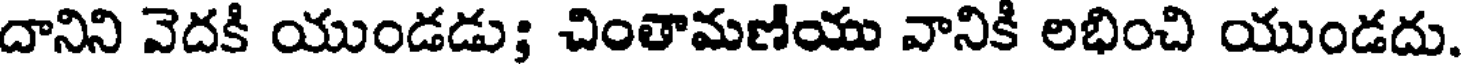
దానిని వెదకి యుండడు; చింతామణియు వానికి లభించి యుండదు.